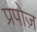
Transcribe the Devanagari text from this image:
प्रपोज़